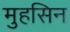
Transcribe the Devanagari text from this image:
मुहसिन